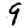
Digit: 9